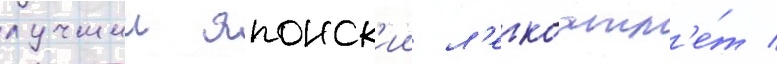
лучшии японск'ии л'егкоатл'е́т /